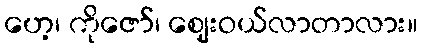
ဟေ့၊ ကိုဇော်၊ ဈေးဝယ်လာတာလား။